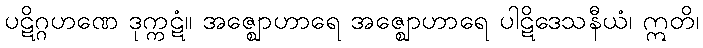
ပဋိဂ္ဂဟဏေ ဒုက္ကဋံ။ အဇ္ဈောဟာရေ အဇ္ဈောဟာရေ ပါဋိဒေသနီယံ၊ ဣတိ၊